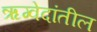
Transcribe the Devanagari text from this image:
ऋग्वेदांतील